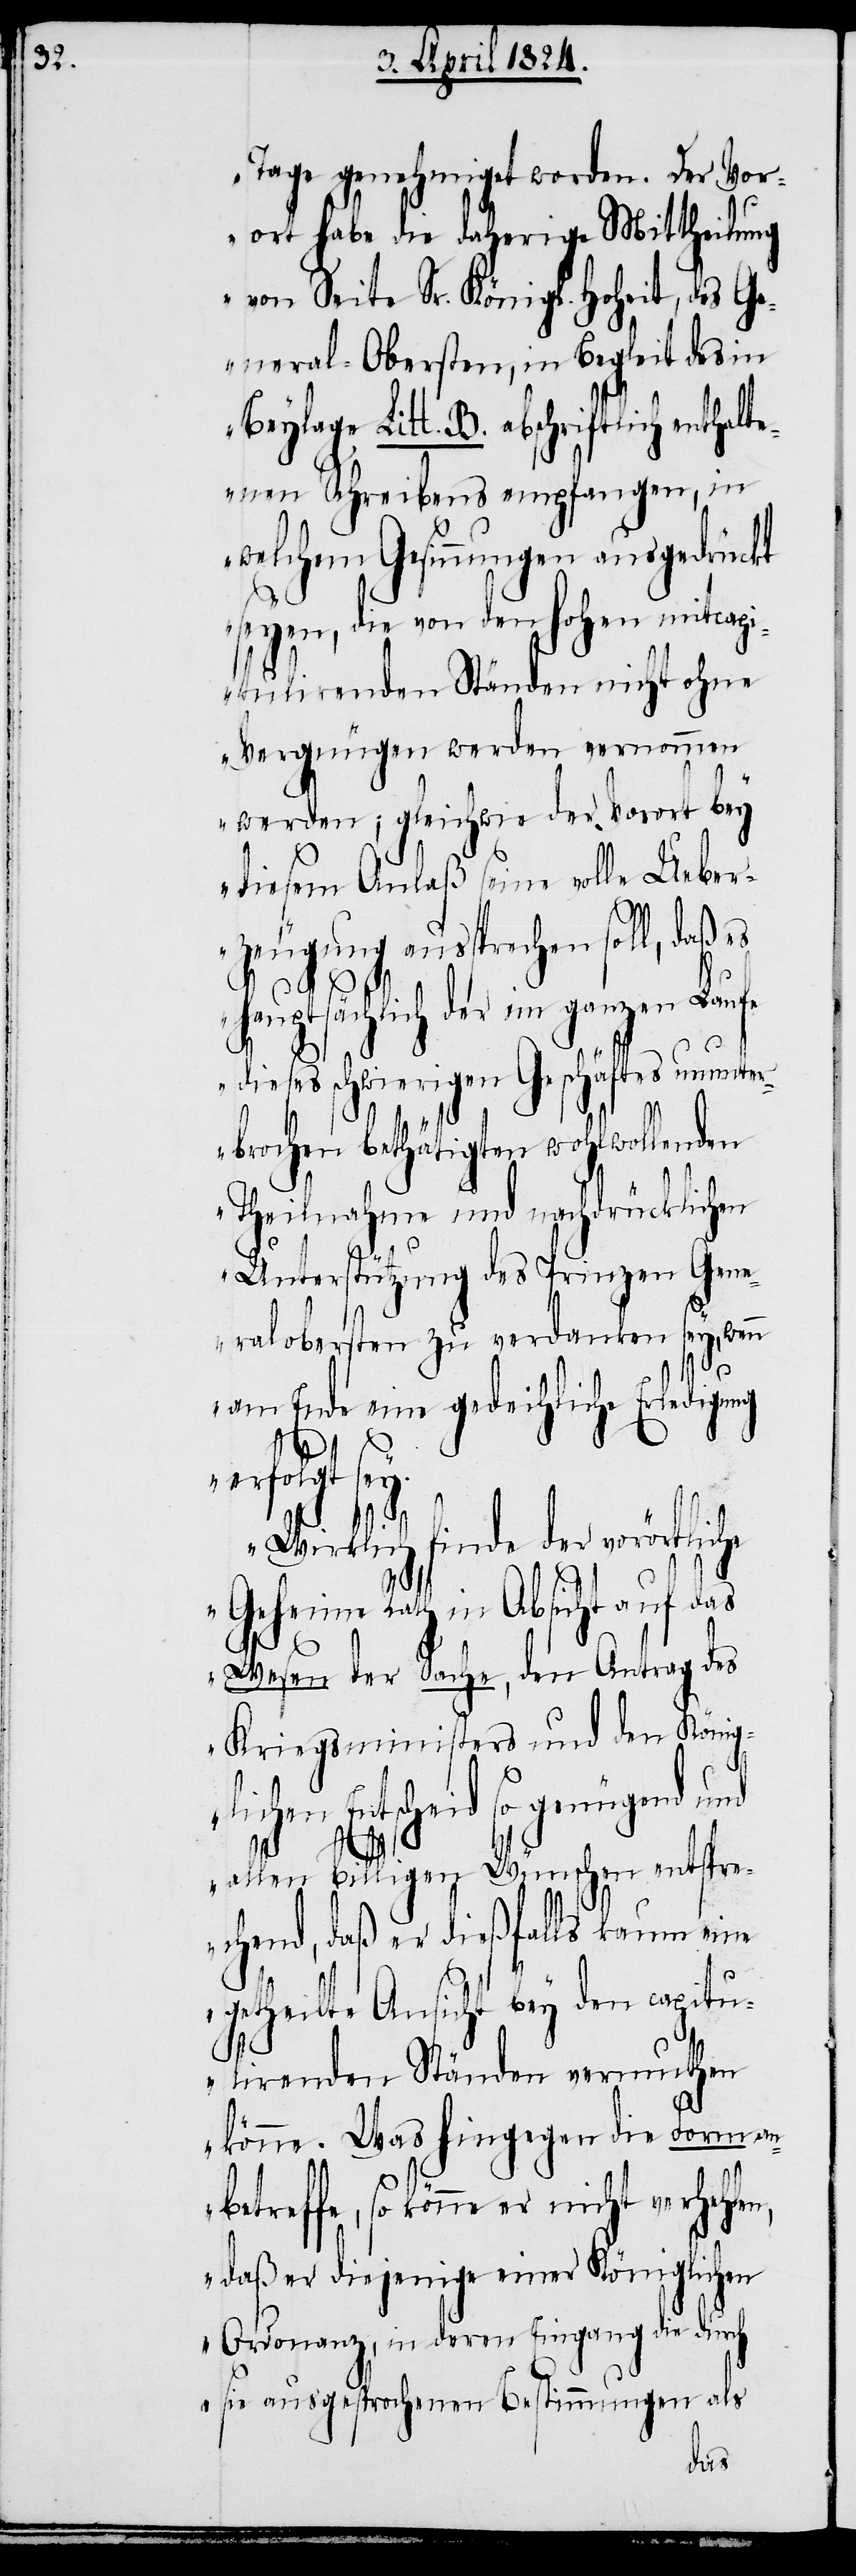
Tage genehmiget worden. Der Vor¬
ort habe die daherige Mittheilung
von Seite Sr. Königl. Hoheit, des G¬
eneral-Obersten, in Begleit des in
Beylage Litt. B. abschriftlich enthalt¬
enen Schreibens empfangen, in
welchem Gesinnungen ausgedrückt
seyen, die von den hohen mitcapi¬
tulirenden Ständen nicht ohne
Vergnügen werden vernommen
werden; gleichwie der Vorort bey
diesem Anlaß seine volle Ueber¬
zeugung aussprechen soll, daß es
er nicht
hauptsächlich der im ganzen Laufe
dieses schwierigen Geschäftes ununte¬
rbrochen bethätigten wohlwollenden
Theilnahme und nachdrücklichen
Unterstützung des Prinzen Gene¬
ralobersten zu verdanken sey, wenn
am Ende eine gedeihliche Erledigung
verhehlen,
Wirklich finde der vorörtliche
Geheime Rath in Absicht auf das
Wesen der Sache, den Antrag des
Kriegsministers und den Königl¬
ichen Entscheid so genügend
allen billigen Wünschen entspre¬
chend, daß er dießfalls kaum eine
getheilte Ansicht bey den capitu¬
lirenden Ständen vermuthen
könne. Was hingegen die Form an¬
daß er diejenige einer Königlichen
Ordonanz, in deren Eingang die dur¬
ch sie ausgesprochenen Bestimmungen als